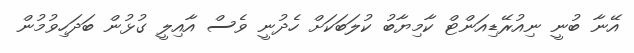
އޭނާ ބުނީ ނިއުރޭޑިއަންޓް ކާމިޔާބު ކުލަބަކަށް ހެދުނީ ވެސް އާއިލީ ގުޅުން ބަދަހިވުމުން